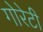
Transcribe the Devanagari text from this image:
गोरेटी